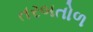
તરબતોળ